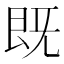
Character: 既